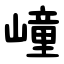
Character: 㠉